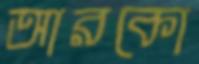
আরকো